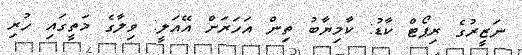
ނަޒީރުގެ ރިޕޯޓް ކާޑު: ކާމިޔާބު ތިން އަހަރަށް އޭއަލީ: ވިލާގެ މަތީގައި ހުރި